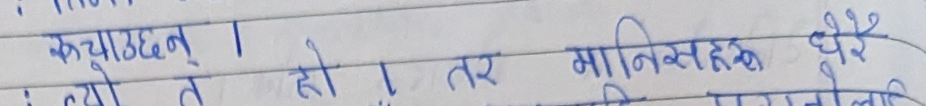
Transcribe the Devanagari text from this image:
कचाउछन् ।
त्यो त हो ! तर मानिसहरू धेरै